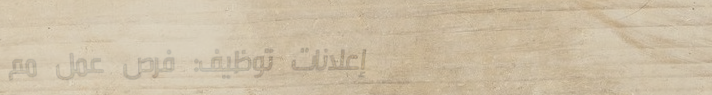
إعلانات توظيف: فرص عمل مم